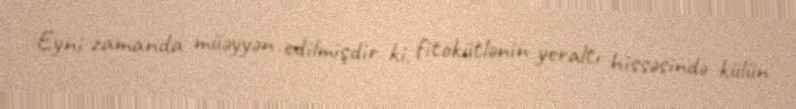
Eyni zamanda müəyyən edilmişdir ki, fitokütlənin yeraltı hissəsində külün